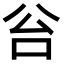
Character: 𠈂